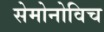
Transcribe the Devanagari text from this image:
सेमोनोविच